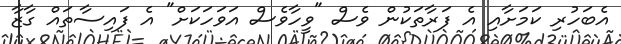
އެބަހުރި ކަމަށާއި އެ ފަރާތަކުން ވެސް "ވީހާވެސް އަވަހަކަށް" އެ ފައިސާތައް ގާޒާ